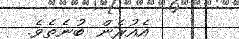
އެއުރެން ބުނެތެވެ.